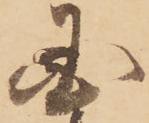
国